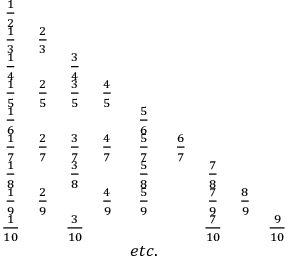
\begin{array} { c c c c c c c c c } { \frac { 1 } { 2 } } & & & & & & & & \\ { \frac { 1 } { 3 } } & { \frac { 2 } { 3 } } & & & & & & & \\ { \frac { 1 } { 4 } } & & { \frac { 3 } { 4 } } & & & & & & \\ { \frac { 1 } { 5 } } & { \frac { 2 } { 5 } } & { \frac { 3 } { 5 } } & { \frac { 4 } { 5 } } & & & & & \\ { \frac { 1 } { 6 } } & & & & { \frac { 5 } { 6 } } & & & & \\ { \frac { 1 } { 7 } } & { \frac { 2 } { 7 } } & { \frac { 3 } { 7 } } & { \frac { 4 } { 7 } } & { \frac { 5 } { 7 } } & { \frac { 6 } { 7 } } & & & \\ { \frac { 1 } { 8 } } & & { \frac { 3 } { 8 } } & & { \frac { 5 } { 8 } } & & { \frac { 7 } { 8 } } & & \\ { \frac { 1 } { 9 } } & { \frac { 2 } { 9 } } & & { \frac { 4 } { 9 } } & { \frac { 5 } { 9 } } & & { \frac { 7 } { 9 } } & { \frac { 8 } { 9 } } & \\ { \frac { 1 } { 1 0 } } & & { \frac { 3 } { 1 0 } } & & & & { \frac { 7 } { 1 0 } } & & { \frac { 9 } { 1 0 } } \\ & & & & { e t c . } & & & & \end{array}